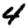
Digit: 4